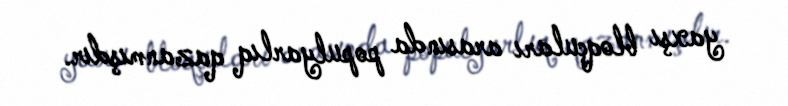
yaxşı bloqçuları arasında populyarlıq qazanmışdır.